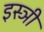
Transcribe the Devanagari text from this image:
इस्ञी